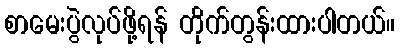
စာမေးပွဲလုပ်ဖို့ရန် တိုက်တွန်းထားပါတယ်။